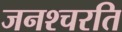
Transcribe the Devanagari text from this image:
जनश्चरति